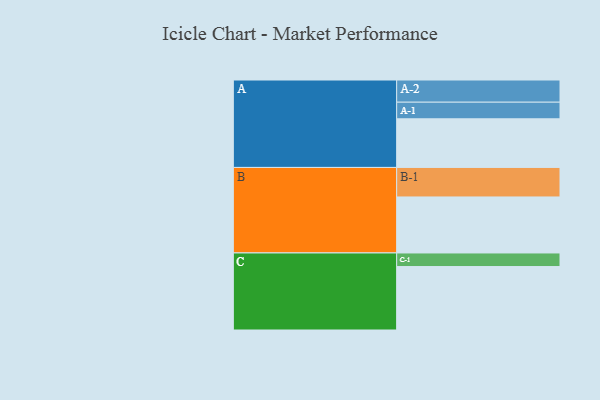
{"axis": {"x": "Segment", "y": "Value"}, "legend": ["", "A", "B", "C"], "data": [{"x": "A", "y": 430, "type": ""}, {"x": "B", "y": 495, "type": ""}, {"x": "C", "y": 561, "type": ""}, {"x": "A-1", "y": 147, "type": "A"}, {"x": "A-2", "y": 196, "type": "A"}, {"x": "B-1", "y": 261, "type": "B"}, {"x": "C-1", "y": 120, "type": "C"}]}